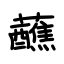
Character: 蘸